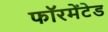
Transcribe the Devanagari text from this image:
फॉरमेंटेड